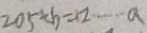
2 0 5 \div b = \square \cdots a